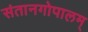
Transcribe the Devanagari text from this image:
संतानगोपालम्